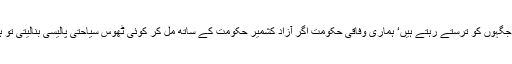
دنیا کے اسی فیصد لوگ ایسے نظاروں اور ایسی جگہوں کو ترستے رہتے ہیں‘ ہماری وفاقی حکومت اگر آزاد کشمیر حکومت کے ساتھ مل کر کوئی ٹھوس سیاحتی پالیسی بنالیتی تو ہم دنیا بھر کے سیاحوں کو کشمیر لا سکتے تھے۔